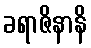
ခရာဇိနာနိ